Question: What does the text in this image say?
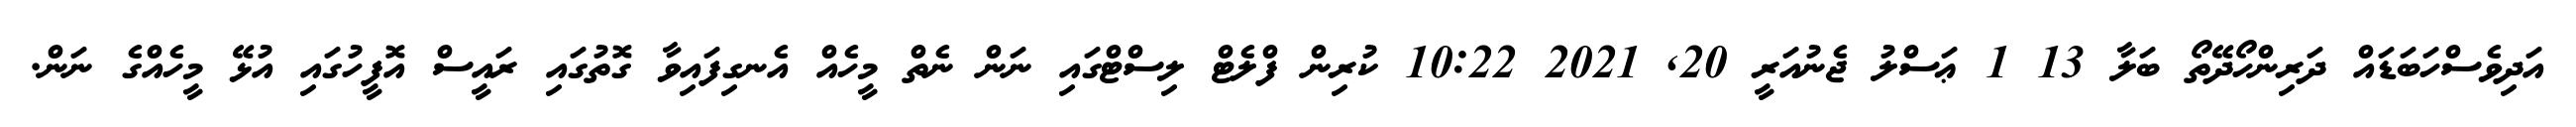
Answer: އަދިވެސްހަބަޑައް ދަރިންހޯދޭތޯ ބަލާ 13 1 ޢަސްލު ޖެނުއަރީ 20, 2021 10:22 ކުރިން ފްލެޓް ލިސްޓްގައި ނަން ނެތް މީހެއް އެނގިފައިވާ ގޮތުގައި ރައީސް އޮފީހުގައި އުޅޭ މީހެއްގެ ނަން.